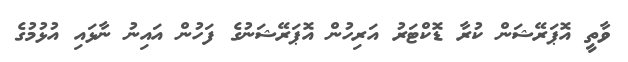
ވާތީ އޮޕަރޭޝަން ކުރާ ޑޮކްޓަރު އަރިހުން އޮޕަރޭޝަނުގެ ފަހުން އައިނު ނާޅައި އުޅުމުގެ